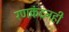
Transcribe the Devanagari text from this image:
रणकंदनही